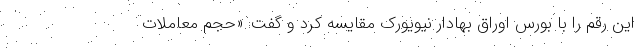
این رقم را با بورس اوراق بهادار نیویورک مقایسه کرد و گفت: «حجم معاملات